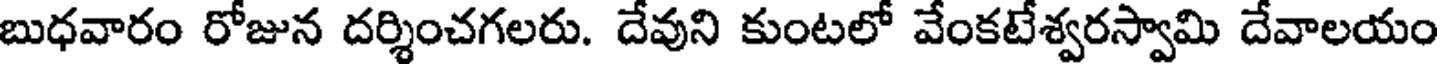
బుధవారం రోజున దర్శించగలరు. దేవుని కుంటలో వేంకటేశ్వరస్వామి దేవాలయం